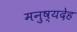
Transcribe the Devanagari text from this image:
मनुष्यदेह